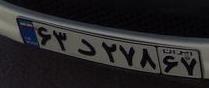
۶۳د۲۷۸۶۷